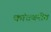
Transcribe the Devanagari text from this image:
कांदबरीत